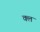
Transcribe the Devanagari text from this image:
क्ल